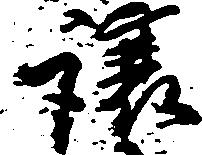
譲